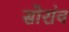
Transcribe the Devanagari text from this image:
सोरांव